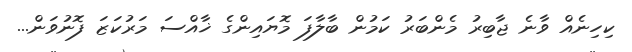
ކިހިނެއް ވާނެ ޖާބިރު މެންބަރު ކަމުން ބާލާފަ މޮޔައިންގެ ޚާއްސަ މަރުކަޒަ ފޮނުވަން...